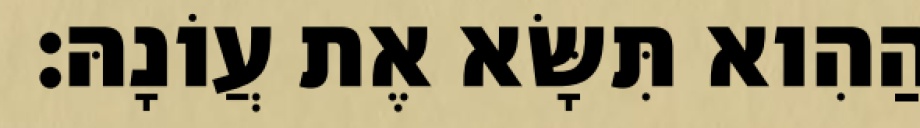
הַהִוא תִּשָּׂא אֶת עֲוֹנָהּ׃